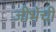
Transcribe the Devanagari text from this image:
जीभेची